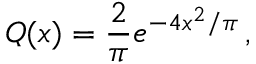
Q ( x ) = \frac { 2 } { \pi } e ^ { - 4 x ^ { 2 } / \pi } \, ,